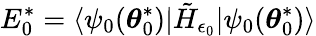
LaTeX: E_{0}^{*}=\langle\psi_{0}(\boldsymbol{\theta}_{0}^{*})|\tilde{H}_{\epsilon_{0}}|\psi_{0}(\boldsymbol{\theta}_{0}^{*})\rangle